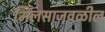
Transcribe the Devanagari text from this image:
भिलसाजवळील